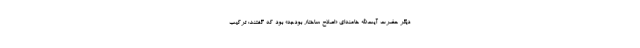
دیگر حضرت آیت‌الله خامنه‌ای «اصلاح ساختار بودجه» بود که گفتند: ترکیب